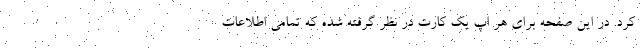
کرد. در این صفحه برای هر اپ یک کارت در نظر گرفته شده که تمامی اطلاعات